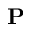
\mathrm { \bf P }